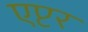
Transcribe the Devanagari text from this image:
एप्टर